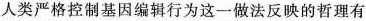
人类严格控制基因编辑行为这一做法反映的哲理有